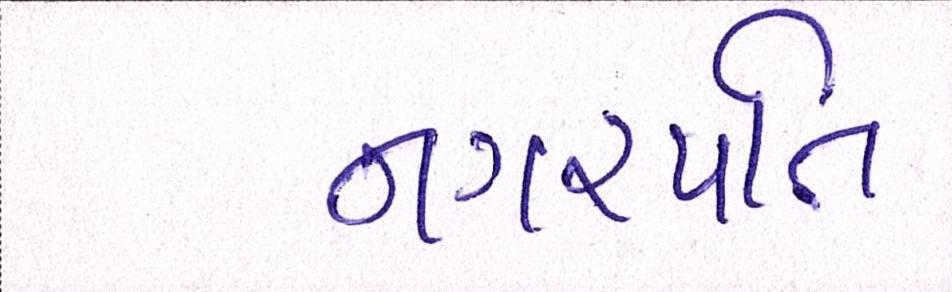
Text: નગરપતિ